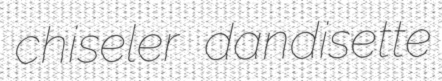
chiseler dandisette